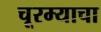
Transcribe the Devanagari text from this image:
चूरम्याचा